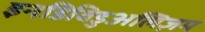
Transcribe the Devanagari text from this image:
इनडिविडुअलिज़म